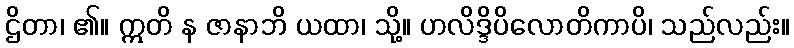
ဌိတာ၊ ၏။ ဣတိ န ဇာနာဘိ ယထာ၊ သို့။ ဟလိဒ္ဒိပိလောတိကာပိ၊ သည်လည်း။